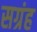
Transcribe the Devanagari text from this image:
सग्रंह